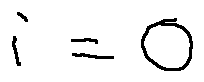
i = 0